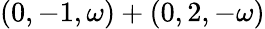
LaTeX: (0,-1,\omega)+(0,2,-\omega)